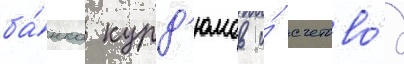
ба́нка курд'юмов и́ счетово́д